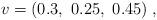
LaTeX: \begin{align*}v=(0.3,\ 0.25,\ 0.45)\;,\end{align*}